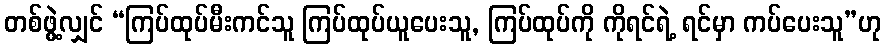
တစ်ဖွဲ့လျှင် “ကြပ်ထုပ်မီးကင်သူ ကြပ်ထုပ်ယူပေးသူ, ကြပ်ထုပ်ကို ကိုရင်ရဲ့ ရင်မှာ ကပ်ပေးသူ”ဟု